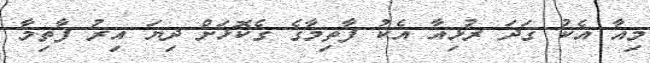
މިއާ އެކު ގަދަ ރުޅިއާ އެކު ފާތިމާގެ ގެކޮޅަށް ދިޔަ އިރު ފާތިމާ